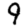
Digit: 9